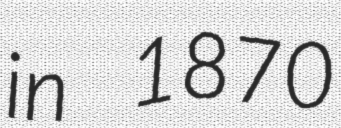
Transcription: in 1870